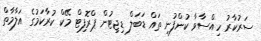
ސަރުކާރު ހިއްސާވާ ކުންފުނި ތައް ޑަބަލް ޑިޖިޓުން ޕްރޮފިޓް މޭކް ކުރާކަމުގެ އަލާމާތް